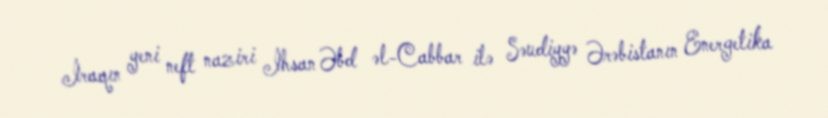
İraqın yeni neft naziri İhsan Əbd əl-Cabbar ilə Səudiyyə Ərəbistanın Energetika